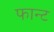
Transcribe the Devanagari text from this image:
फान्ट